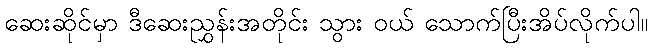
ဆေးဆိုင်မှာ ဒီဆေးညွှန်းအတိုင်း သွား ဝယ် သောက်ပြီးအိပ်လိုက်ပါ။